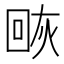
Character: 𰞰